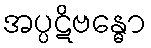
အပ္ပဋိဗန္ဓော